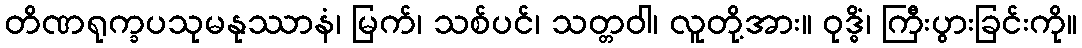
တိဏရုက္ခပသုမနုဿာနံ၊ မြက်၊ သစ်ပင်၊ သတ္တဝါ၊ လူတို့အား။ ဝုဒ္ဓိံ၊ ကြီးပွားခြင်းကို။